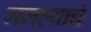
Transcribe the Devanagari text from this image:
मजल्याचं